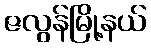
ဇလွန်မြို့နယ်